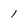
Character: 1